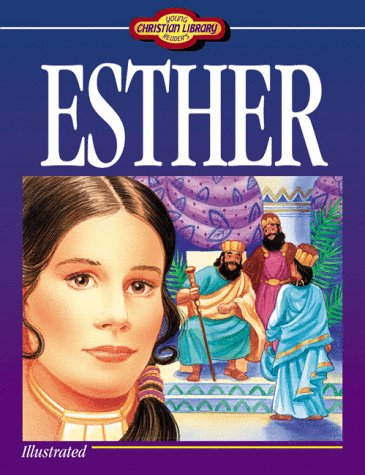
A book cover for Young Readers Christian Library: Esther; Susan Martins Miller; Teen & Young Adult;